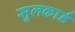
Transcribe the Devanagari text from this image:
सुलकार्ड